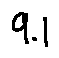
9 . 1